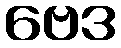
ဗေဒ